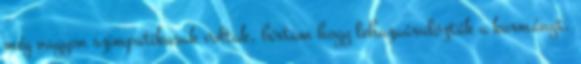
még nagyon szimpatikusak voltak, bírtam hogy lehazaárulózták a kormányt,